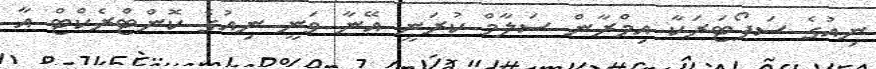
ނިއުގެ ސަޕޯޓަރަކާ އިމްރާން ސަލާމް ކުރަނީ އޭނާ ވަނީ ނިއުގެ ކޮންޓްރެކްޓް އާ